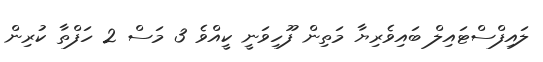
ލައިފްސްޓައިލް ބައިވެރިޔާ މަތިން ފޫހިވަނީ ކީއްވެ 3 މަސް 2 ހަފްތާ ކުރިން